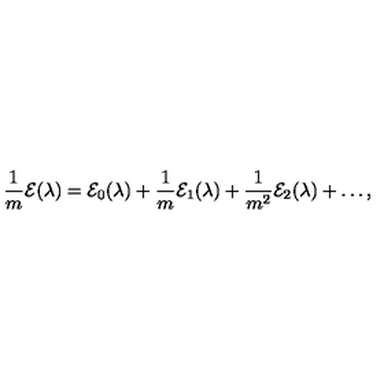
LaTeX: \frac { 1 } { m } { \cal E } ( \lambda ) = { \cal E } _ { 0 } ( \lambda ) + \frac { 1 } { m } { \cal E } _ { 1 } ( \lambda ) + \frac { 1 } { m ^ { 2 } } { \cal E } _ { 2 } ( \lambda ) + \ldots ,